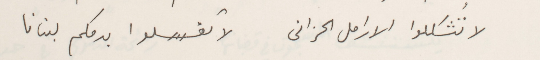
لا تُشكلوا الارامل الحزانى        لا تغسلوا بدمكم لبنانا